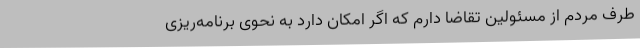
طرف مردم از مسئولین تقاضا دارم که اگر امکان دارد به نحوی برنامه‌ریزی